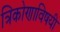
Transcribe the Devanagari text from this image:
त्रिकोणाविषयी